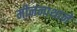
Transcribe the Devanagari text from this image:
मीननाथाने